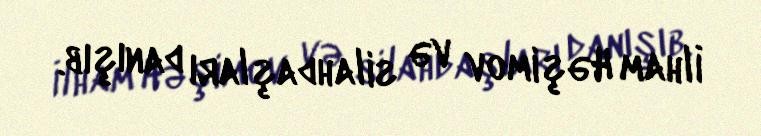
İlham Həşimov və silahdaşları danışıb.